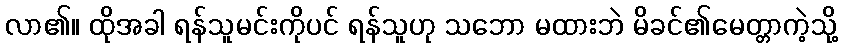
လာ၏။ ထိုအခါ ရန်သူမင်းကိုပင် ရန်သူဟု သဘော မထားဘဲ မိခင်၏မေတ္တာကဲ့သို့